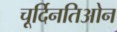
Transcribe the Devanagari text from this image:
चूर्दिनतिओन